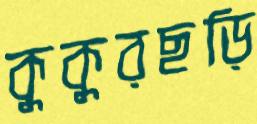
কুকুরছড়ি